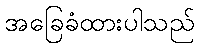
အခြေခံထားပါသည်